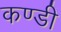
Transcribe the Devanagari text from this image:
कण्डी